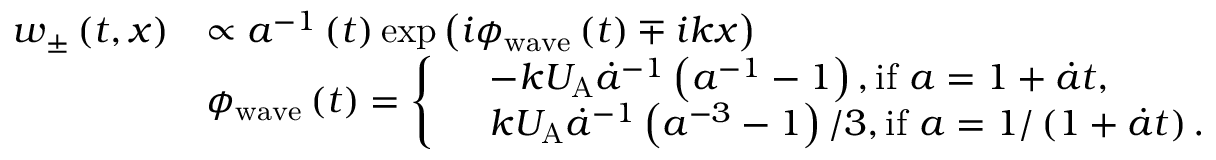
\begin{array} { r l } { \boldsymbol { w } _ { \pm } \left( t , x \right) } & { \propto a ^ { - 1 } \left( t \right) \exp \left( i \phi _ { \mathrm { w a v e } } \left( t \right) \mp i k x \right) } \\ & { \phi _ { \mathrm { w a v e } } \left( t \right) = \left\{ \begin{array} { r l } & { - k U _ { \mathrm { A } } \dot { a } ^ { - 1 } \left( a ^ { - 1 } - 1 \right) , \mathrm { i f ~ } a = 1 + \dot { a } t , } \\ & { k U _ { \mathrm { A } } \dot { a } ^ { - 1 } \left( a ^ { - 3 } - 1 \right) / 3 , \mathrm { i f ~ } a = 1 / \left( 1 + \dot { a } t \right) . } \end{array} \right. } \end{array}